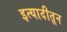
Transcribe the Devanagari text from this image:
इत्यादीतून